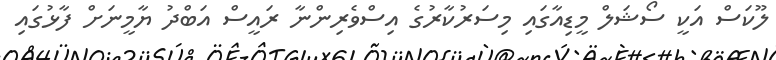
ލޫކަސް އަކީ ސޯޝަލް މީޑިއާގައި މިސަރުކާރުގެ އިސްވެރިންނާ ރައީސް އަބްދު ޔާމީނަށް ފާޅުގައި